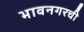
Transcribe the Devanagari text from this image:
भावनगरची